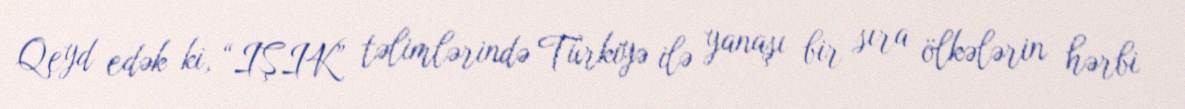
Qeyd edək ki, “IŞIK” təlimlərində Türkiyə ilə yanaşı bir sıra ölkələrin hərbi